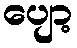
ပျော့